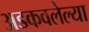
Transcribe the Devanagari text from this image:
अडकवलेल्या